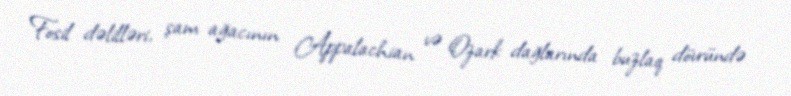
Fosil dəlilləri, şam ağacının Appalachian və Ozark dağlarında buzlaq dövründə